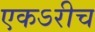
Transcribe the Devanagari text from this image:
एकऽरीच